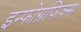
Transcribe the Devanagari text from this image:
इन्फोग्रफिक्स